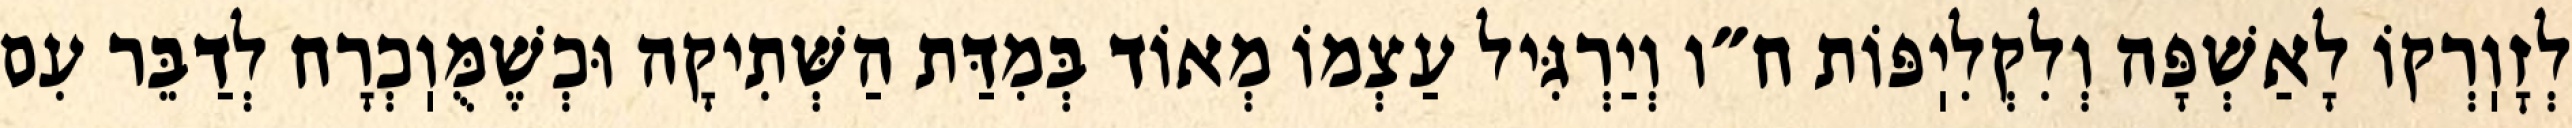
לְזׇוֽרְקוֹ לָאַשְׁפָּה וְלִקְלִיֽפּוֹת ח״ו וְיַרְגִּיל עַצְמוֹ מְאוֹד בְּמִדַּת הַשְּׁתִיקָה וּכְשֶׁמֻּוֽכְרָח לְדַבֵּר עִם